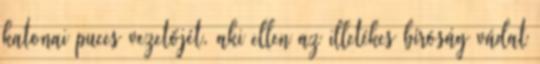
katonai puccs vezetőjét, aki ellen az illetékes bíróság vádat